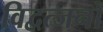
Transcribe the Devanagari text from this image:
विद्वत्जनों